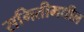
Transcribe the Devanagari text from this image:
समितीमधील